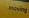
moving